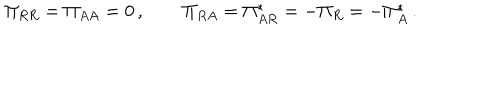
LaTeX: \Pi _ { R R } = \Pi _ { A A } = 0 \, , \qquad \Pi _ { R A } = \Pi _ { A R } ^ { * } = - \Pi _ { R } = - \Pi _ { A } ^ { * } \, .